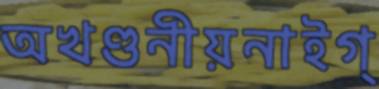
অখণ্ডনীয়নাইগ্